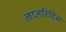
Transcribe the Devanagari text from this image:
लाज़रिदिस